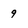
Character: 9